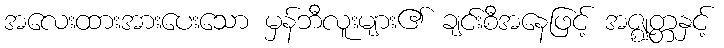
အလေးထားအားပေးသော မှန်ဘီလူးများ၏ ချင်းစီအနေဖြင့် အဇ္ဈတ္တနှင့်